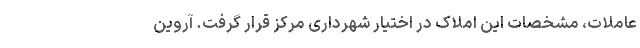
عاملات، مشخصات این املاک در اختیار شهرداری مرکز قرار گرفت. آروین